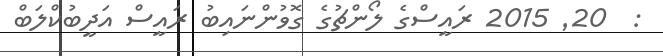
:  20